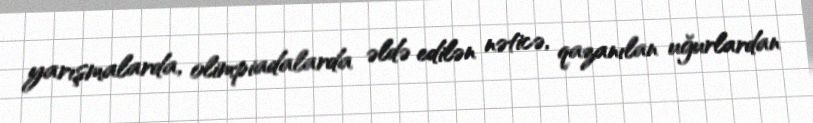
yarışmalarda, olimpiadalarda əldə edilən nəticə, qazanılan uğurlardan